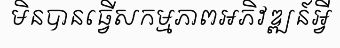
មិនបានធ្វើសកម្មភាពអភិវឌ្ឍន៍អ្វី